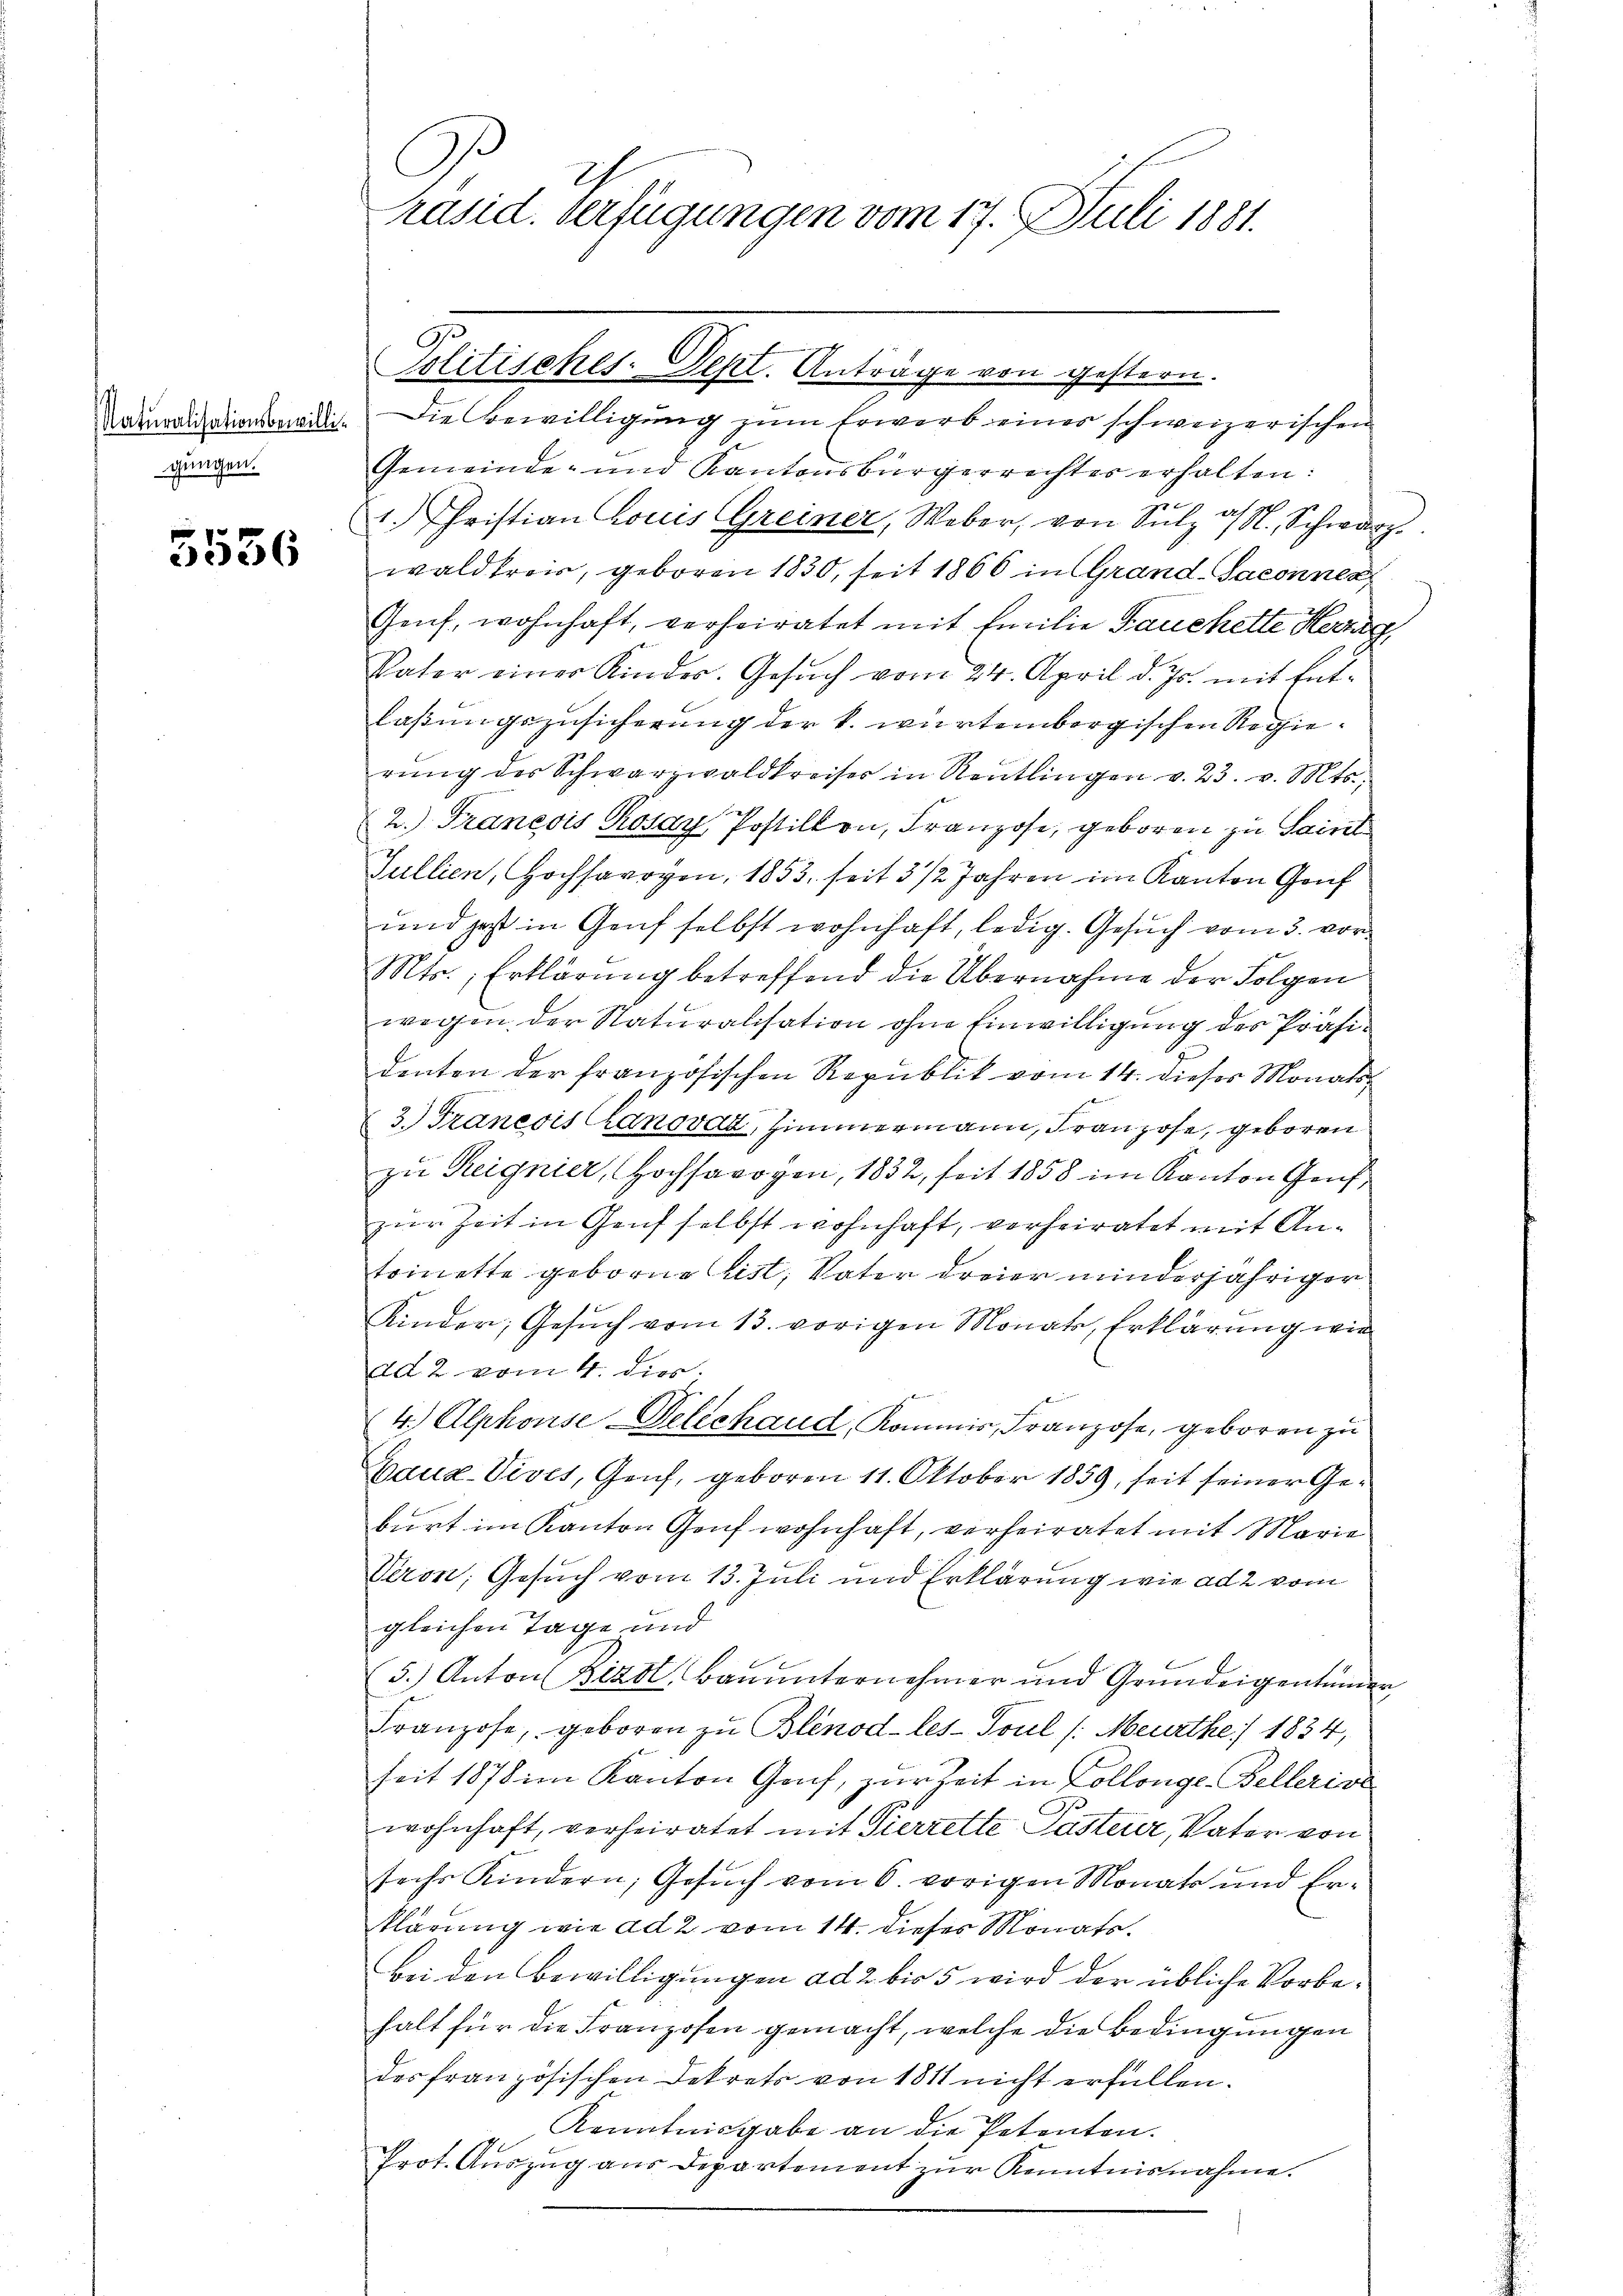
gungen.

5536

Namlich dienteilig. Die Bewilligung zum Erwarb einer schweizerischen
Gemeinde- und Kantonsbürgerrechter erholten:
1. Fristian Louis Greiner, Weber, von Sulz ds N. Schwarz
wald treis, geboren 1830, seit 1866 in Grand-Saconner
Genf, wohnhaft, verheiratet mit Emilie Fauchette Herzag
Vater einer Kinder. Gesuch vom 24. April d. Js. mit Ent-
laßungszusicherung der k. würtembergischen Regierŭng der Schwarzwaldkreiser in Reutlingen v. 23. v. Mts.
2.) Francois Rosay Postillon, Franzose, geboren zu Saint
Gullien, Hochsarogen, 1853 seit 3 1/2 Jahren im Kanton Gouf
und hast in Genf selbst wohnhaft, ledig. Gesuch vom 3. vor¬
Mts., Erklärung betreffend die Übernahme der Folgen
wegen der Naturalisation ohne Einwilligung des Präsidenten der französischen Republik vom 14. dieses Monats¬
3. Francois Canovaz, Zimmermann, Franzose, geboren
zu Reignier, Hochsarogen, 1832, seit 1858 im Kanton Genf,
zur Zeit in Genf selbst wohnhaft, verheiratet mit Antoinette geborne bist, Vater dreier minderjähriger
Kinder, Gesuch vom 13. vorigen Monats, Erklärung wir
ad 2 vom 4. dies

4.) Alphonse Delechaud, Kommis, Franzose, geboren zu
Gaua-Vives, Genf, geboren 11. Oktober 1859, seit seiner Geburt im Kanton Genf wohnhaft, verheiratet mit Marie
Veron, Gesuch vom 13. Juli und Erklärung wie ad 2 vom
gleichen Tage und
5.) Anton Bizdl, Bauunternehmer und Grundeigentümer
Franzose, geboren zu Blenod-les-Toul /: Meurthe) 1834,
seit 1878 im Kanton Genf, zur Zeit in Collonge-Bellerive
wohnhaft, verheiratet mit Sierrette Pasterer, Vater von
sechs Kindern, Gesuch vom 6. vorigen Monats und Er-
klärung wie ad 2. vom 14. dieses Monats.
bei den Bewilligungen ad 2 bis 5 wird der übliche Vorbehalt für die Franzosen gemacht, welche die Bedingungen
des französischen Dekrets von 1811 nicht erfüllen.
Kenntnisgabe an die Petenten.
Ge
Prot. Auszug aus Departement zur Kenntnisnahme.

2
Präsid. Verfügungen vom 17. Juli 1881.

Politisches. Sept. Anträge von gestern.